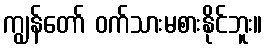
ကျွန်တော် ဝက်သားမစားနိုင်ဘူး။